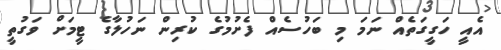
އެއީ ހަގީގަތެއް ނަމަ މި ބަހުސެއް ފެށުމުގެ ކުރިން ނަހުލާގެ ޓީމަށް ވަގުތީ